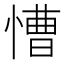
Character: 慒